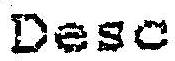
DESC